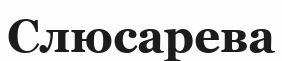
Слюсарева